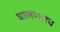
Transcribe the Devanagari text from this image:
घालणारच